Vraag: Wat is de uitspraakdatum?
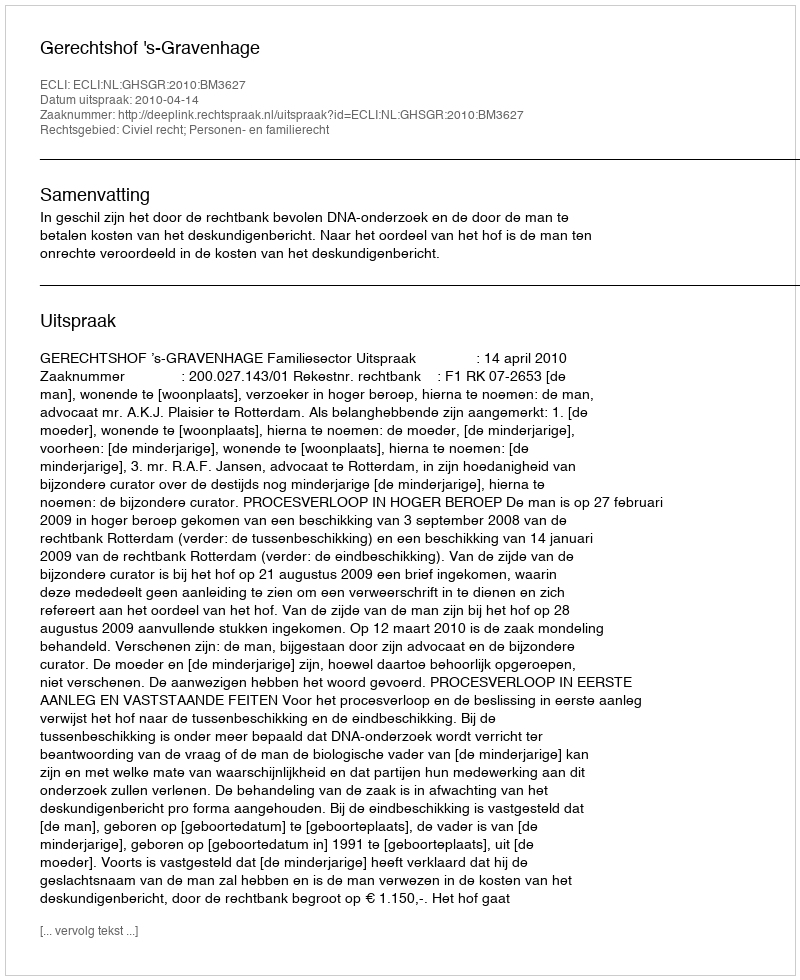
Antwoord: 2010-04-14